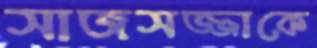
সাজসজ্জাকে